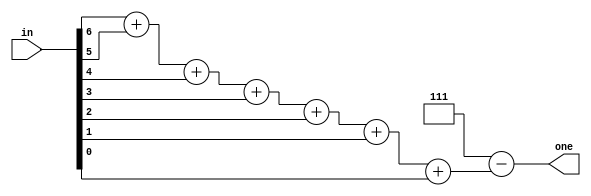
module CodfDePrio(
  output wire [2:0] one,
  input wire [6:0] in
);

assign one = 3'b111 - (in[6]+in[5]+in[4]+in[3]+in[2]+in[1]+in[0]) ;

endmodule